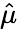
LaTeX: \hat{\mu}